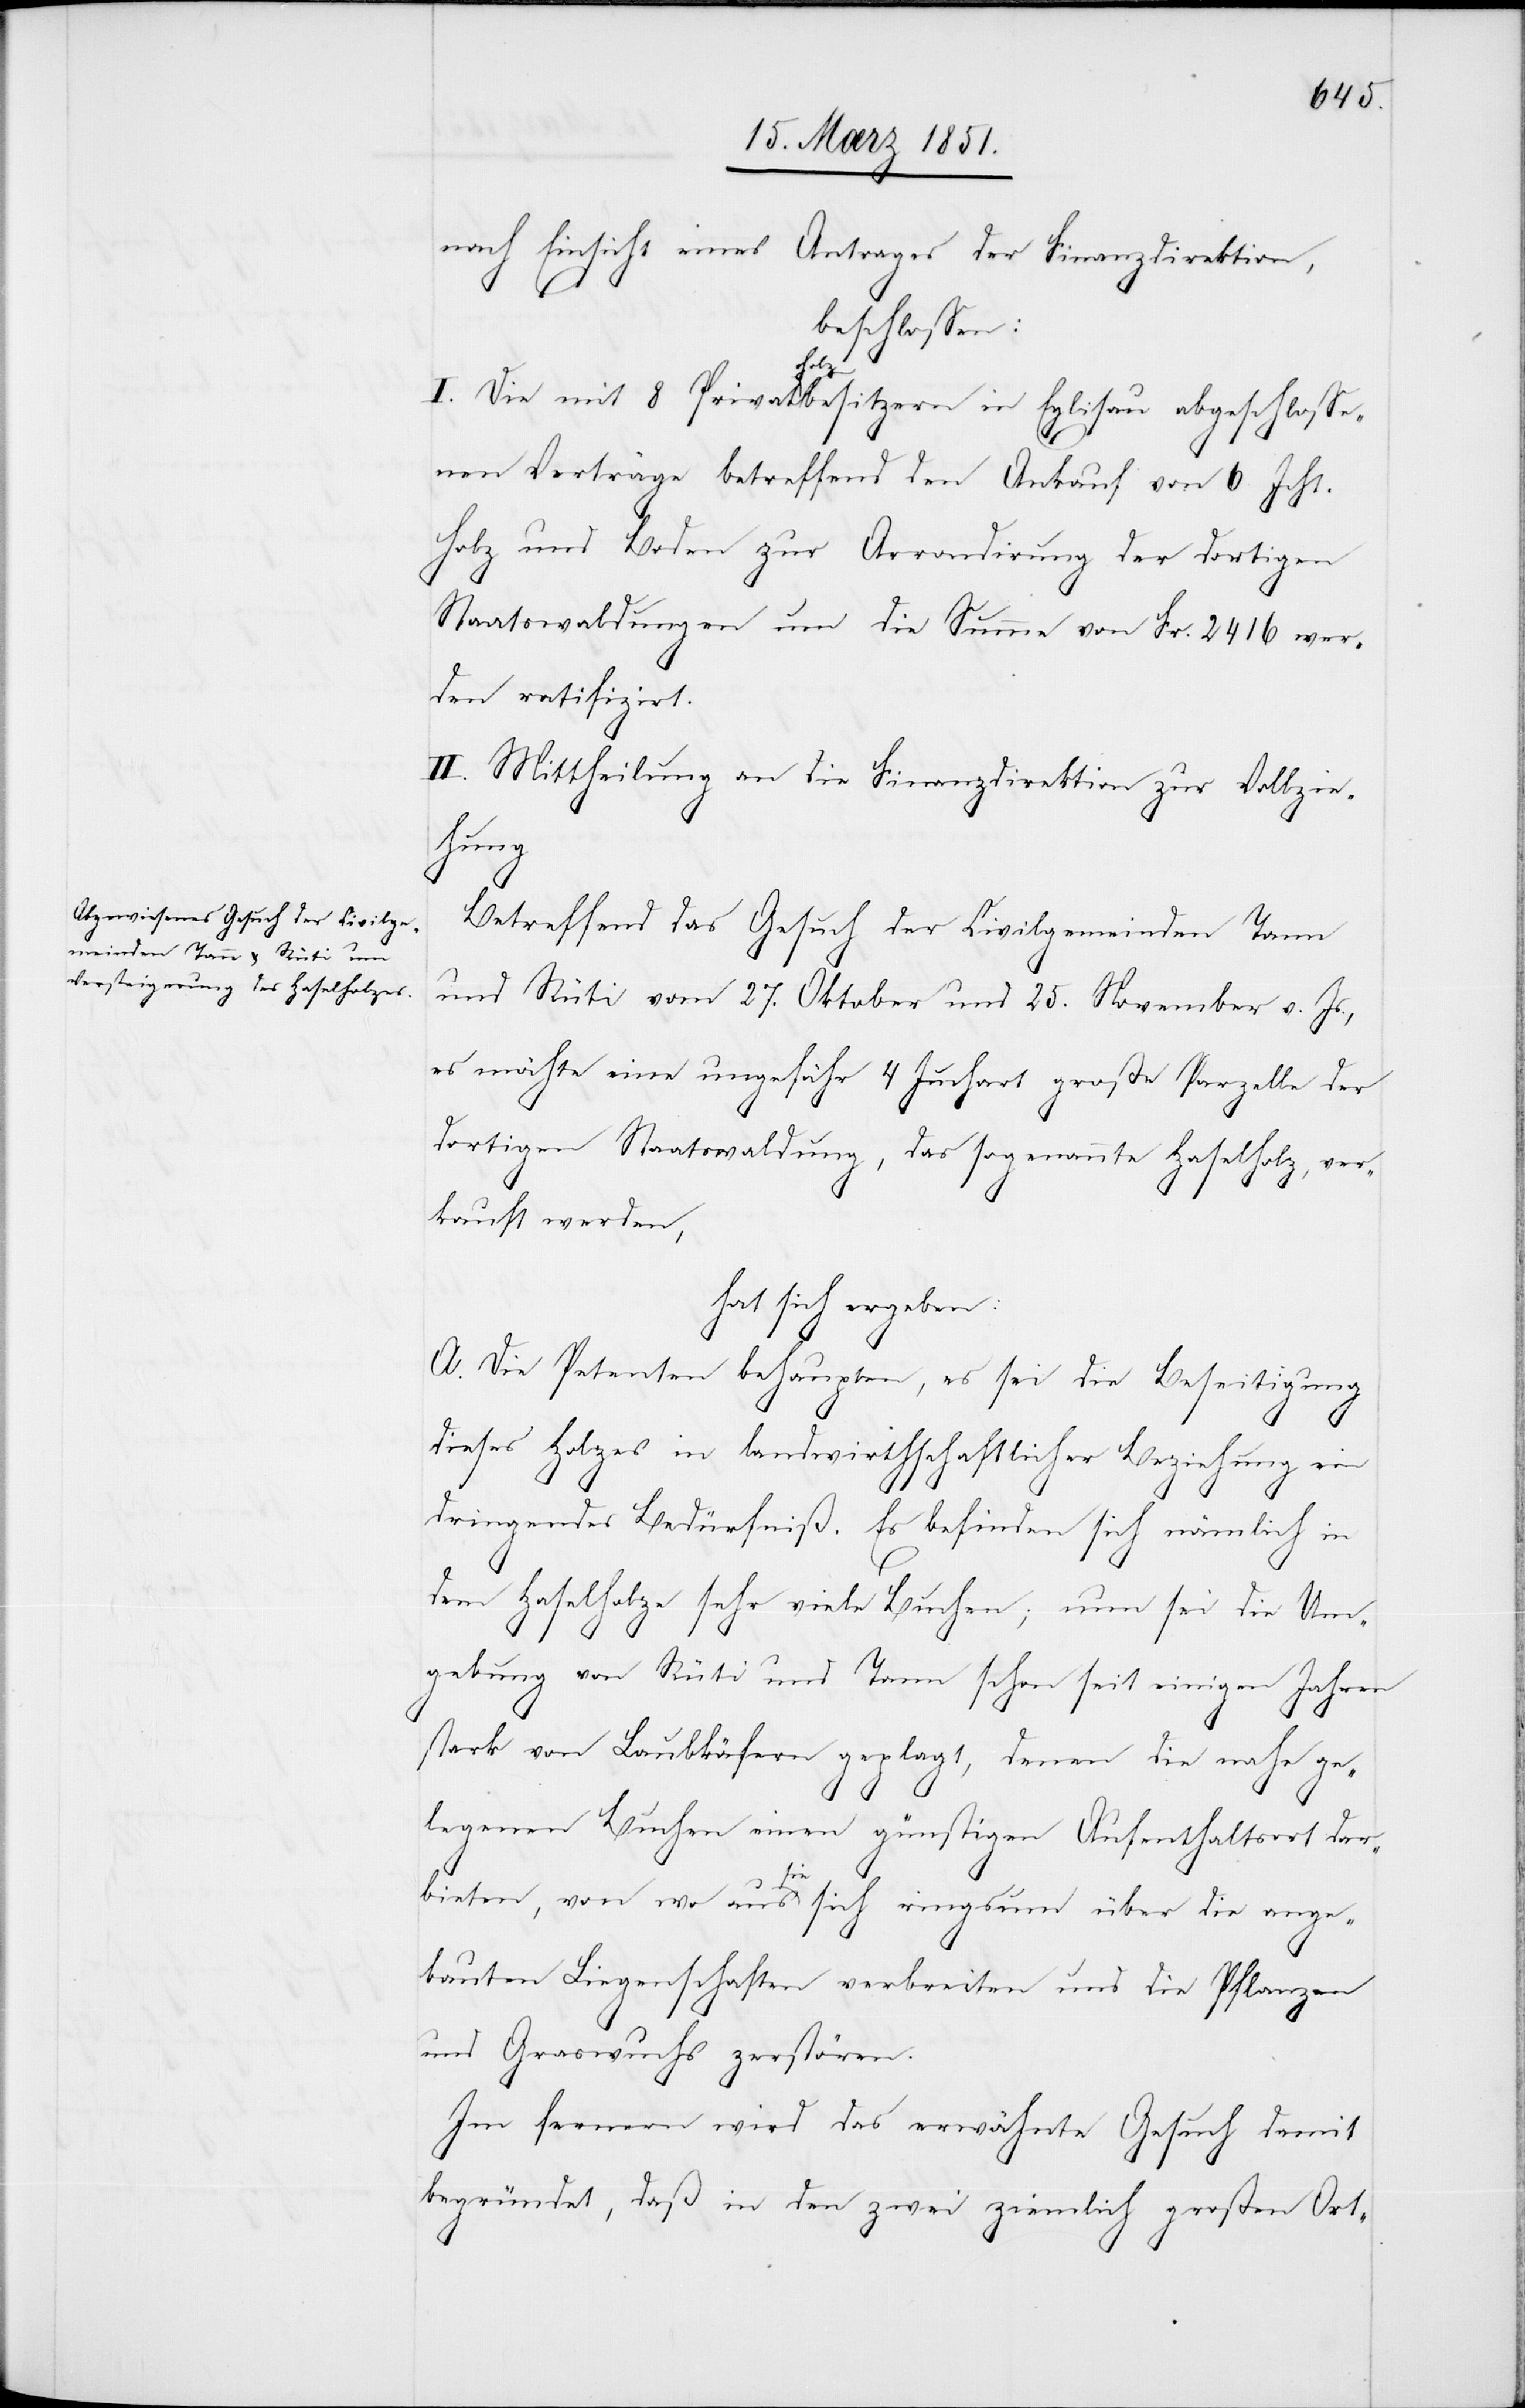
nach Einsicht eines Antrages der Finanzdirektion,
beschlossen:
I. Die mit 8 Privatholzbesitzern in Eglisau abgeschlosse¬
nen Verträge betreffend den Ankauf von 6 Jcht.
Holz und Boden zur Arrondirung der dortigen
Staatswaldungen um die Summe von Fr. 2416 wer¬
den ratifizirt.
II. Mittheilung an die Finanzdirektion zur Vollzie¬
hung[.]
Betreffend das Gesuch der Civilgemeinden Tann
und Rüti vom 27. Oktober und 25. November v. Js.,
es möchte eine ungefähr 4 Juchart große Parzelle der
dortigen Staatswaldung, das sogenannte Haselholz, ver¬
kauft werden,
hat sich ergeben:
A. Die Petenten behaupten, es sei die Beseitigung
dieses Holzes in landwirthschaftlicher Beziehung ein
dringendes Bedürfniß. Es befinden sich nämlich in
dem Haselholze sehr viele Buchen; nun sei die Um¬
gebung von Rüti und Tann schon seit einigen Jahren
stark von Laubkäfern geplagt, denen die nahe ge¬
legenen Buchen einen günstigen Aufenthaltsort dar¬
bieten, von wo aus sie sich ringsum über die ange¬
bauten Liegenschaften verbreiten und die Pflanzen
und Graswuchs zerstören.
Im fernern wird das erwähnte Gesuch damit
begründet, daß in den zwei ziemlich großen Ort-